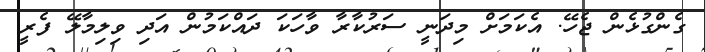
ގެންގުޅެން ޖެހޭ. އެކަމަށް މިދަނީ ސަރުކާރާ ވާހަކަ ދައްކަމުން އަދި ވިލިމާލޭ ފެރީ